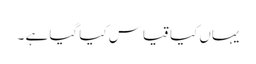
یہاں کیا قیاس کیا گیا ہے ۔